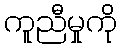
ကူညီမှုကို